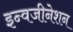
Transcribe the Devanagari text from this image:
इन्वजीनेशन